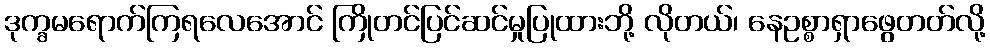
ဒုက္ခမရောက်ကြရလေအောင် ကြိုတင်ပြင်ဆင်မှုပြုထားဘို့ လိုတယ်၊ နေဥစ္စာရှာဖွေတတ်လို့